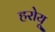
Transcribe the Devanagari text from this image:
हरोयू